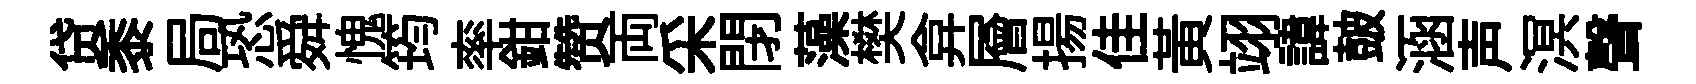
贷黍局恐舜愧筠率鉗赞両采閉藻樊弇層揚佳黄翊諱皷涵声溟聲